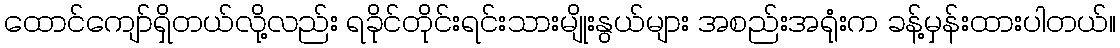
ထောင်ကျော်ရှိတယ်လို့လည်း ရခိုင်တိုင်းရင်းသားမျိုးနွယ်များ အစည်းအရုံးက ခန့်မှန်းထားပါတယ်။